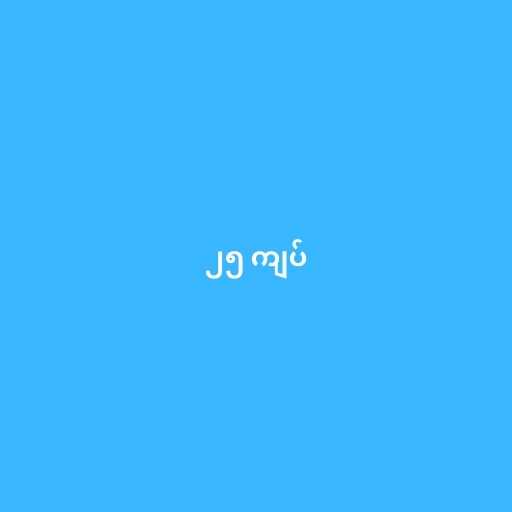
၂၅ ကျပ်